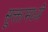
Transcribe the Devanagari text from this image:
सूक्तामध्ये